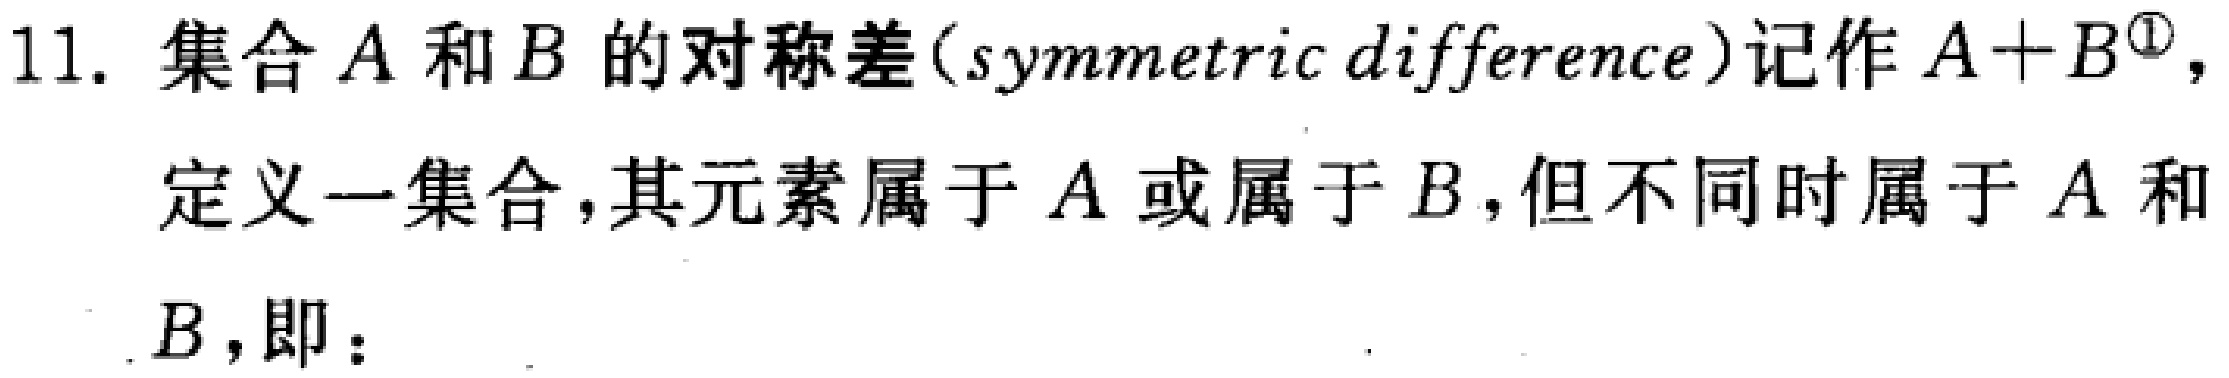
11. 集合$A$和$B$的对称差(symmetric difference)记作$A + B^{\circled{1}}$，

定义一集合，其元素属于$A$或属于$B$，但不同时属于$A$和

$B$，即：